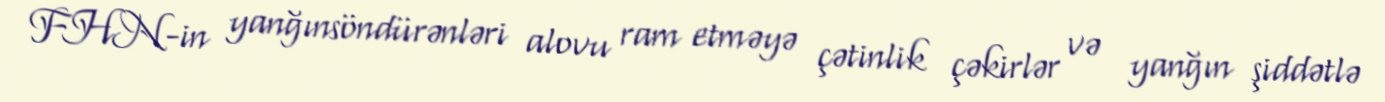
FHN-in yanğınsöndürənləri alovu ram etməyə çətinlik çəkirlər və yanğın şiddətlə